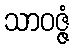
သာဝဇ္ဇံ